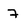
Character: 7